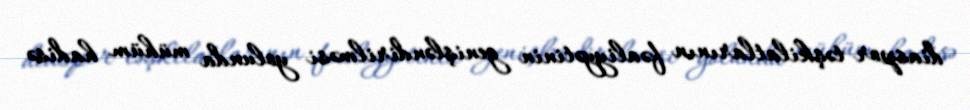
diaspor təşkilatlarının fəaliyyətinin genişləndirilməsi yolunda mühüm hadisə